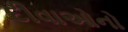
દીવાઓનો